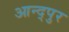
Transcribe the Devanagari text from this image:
आन्द्पुर